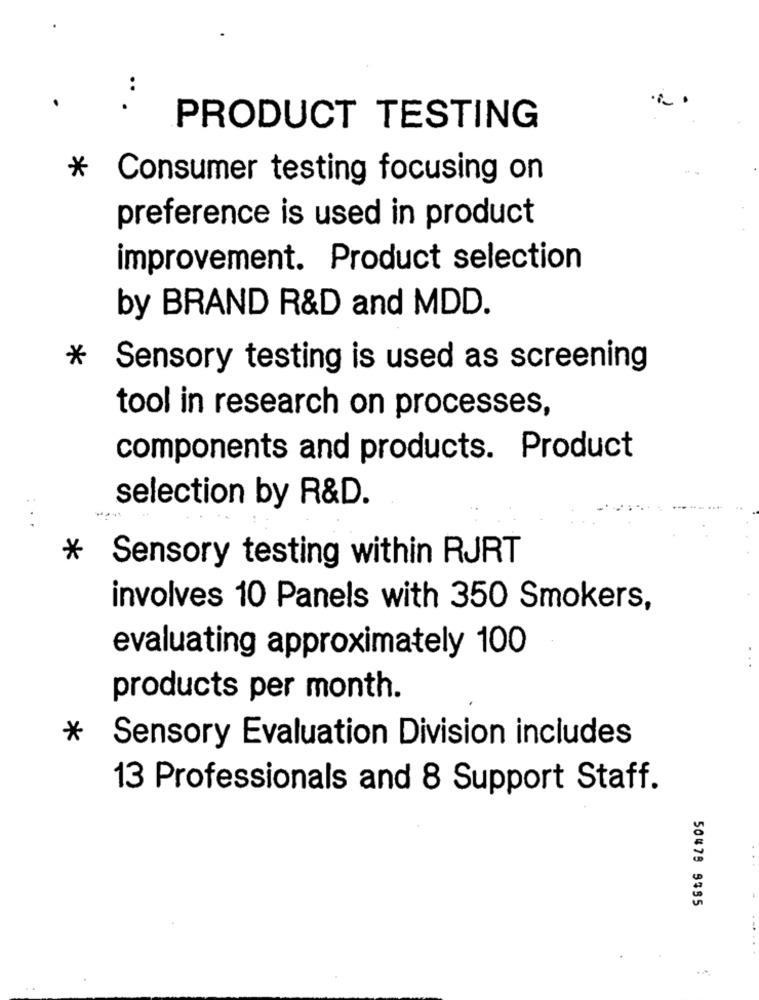
PRODUCT TESTING
- -
* Consumer testing focusing on
preference is used in product
improvement. Product selection
by BRAND R&D and MDD.
* Sensory testing is used as screening
tool in research on processes,
components and products. Product
selection by R&D.
* Sensory testing within RJRT
involves 10 Panels with 350 Smokers,
evaluating approximately 100
products per month.
* Sensory Evaluation Division includes
13 Professionals and 8 Support Staff.
50479 9335